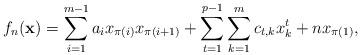
LaTeX: \begin{align*}f_n(\mathbf{x}) = \sum_{i=1}^{m-1} a_{i} x_{\pi(i)} x_{\pi(i+1)} +\sum_{t=1}^{p-1} \sum_{k=1}^{m}c_{t,k} x_{k}^{t}+nx_{\pi(1)},\end{align*}